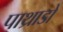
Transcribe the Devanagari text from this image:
पाथ्राडो